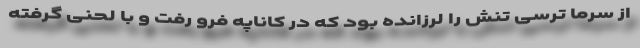
از سرما ترسی تنش را لرزانده بود که در کاناپه فرو رفت و با لحنی گرفته